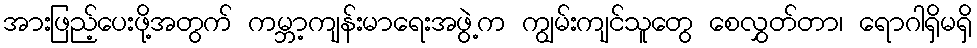
အားဖြည့်ပေးဖို့အတွက် ကမ္ဘာ့ကျန်းမာရေးအဖွဲ့က ကျွမ်းကျင်သူတွေ စေလွှတ်တာ၊ ရောဂါရှိမရှိ